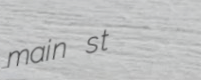
main st